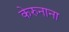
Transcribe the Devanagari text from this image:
केरुनाना